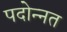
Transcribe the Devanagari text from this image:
पदोन्‍नत